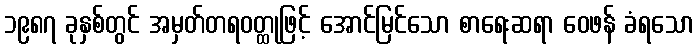
၁၉၈၇ ခုနှစ်တွင် အမှတ်တရဝတ္ထုဖြင့် အောင်မြင်သော စာရေးဆရာ ဝေဖန် ခံရသော